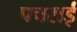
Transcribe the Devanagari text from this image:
पचराई